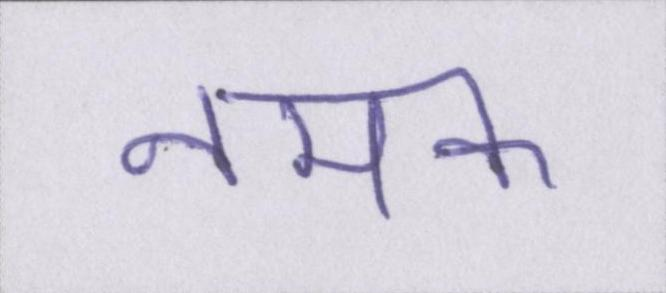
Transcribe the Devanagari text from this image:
नमक